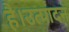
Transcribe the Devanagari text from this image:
है।उत्पादन